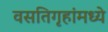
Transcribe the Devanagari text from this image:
वसतिगृहांमध्ये